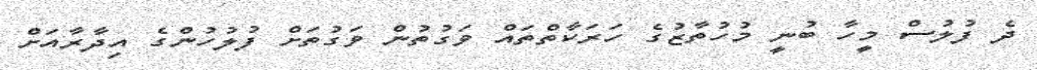
ދެ ފުލުސް މީހާ ބުނީ މުހުތާޒުގެ ހަރަކާތްތައް ވަގުތުން ވަގުތަށް ފުލުހުންގެ އިދާރާއަށް